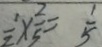
\frac { 1 } { 2 } \times \frac { 2 } { 5 } = \frac { 1 } { 5 }